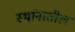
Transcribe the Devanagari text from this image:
स्थांनातील